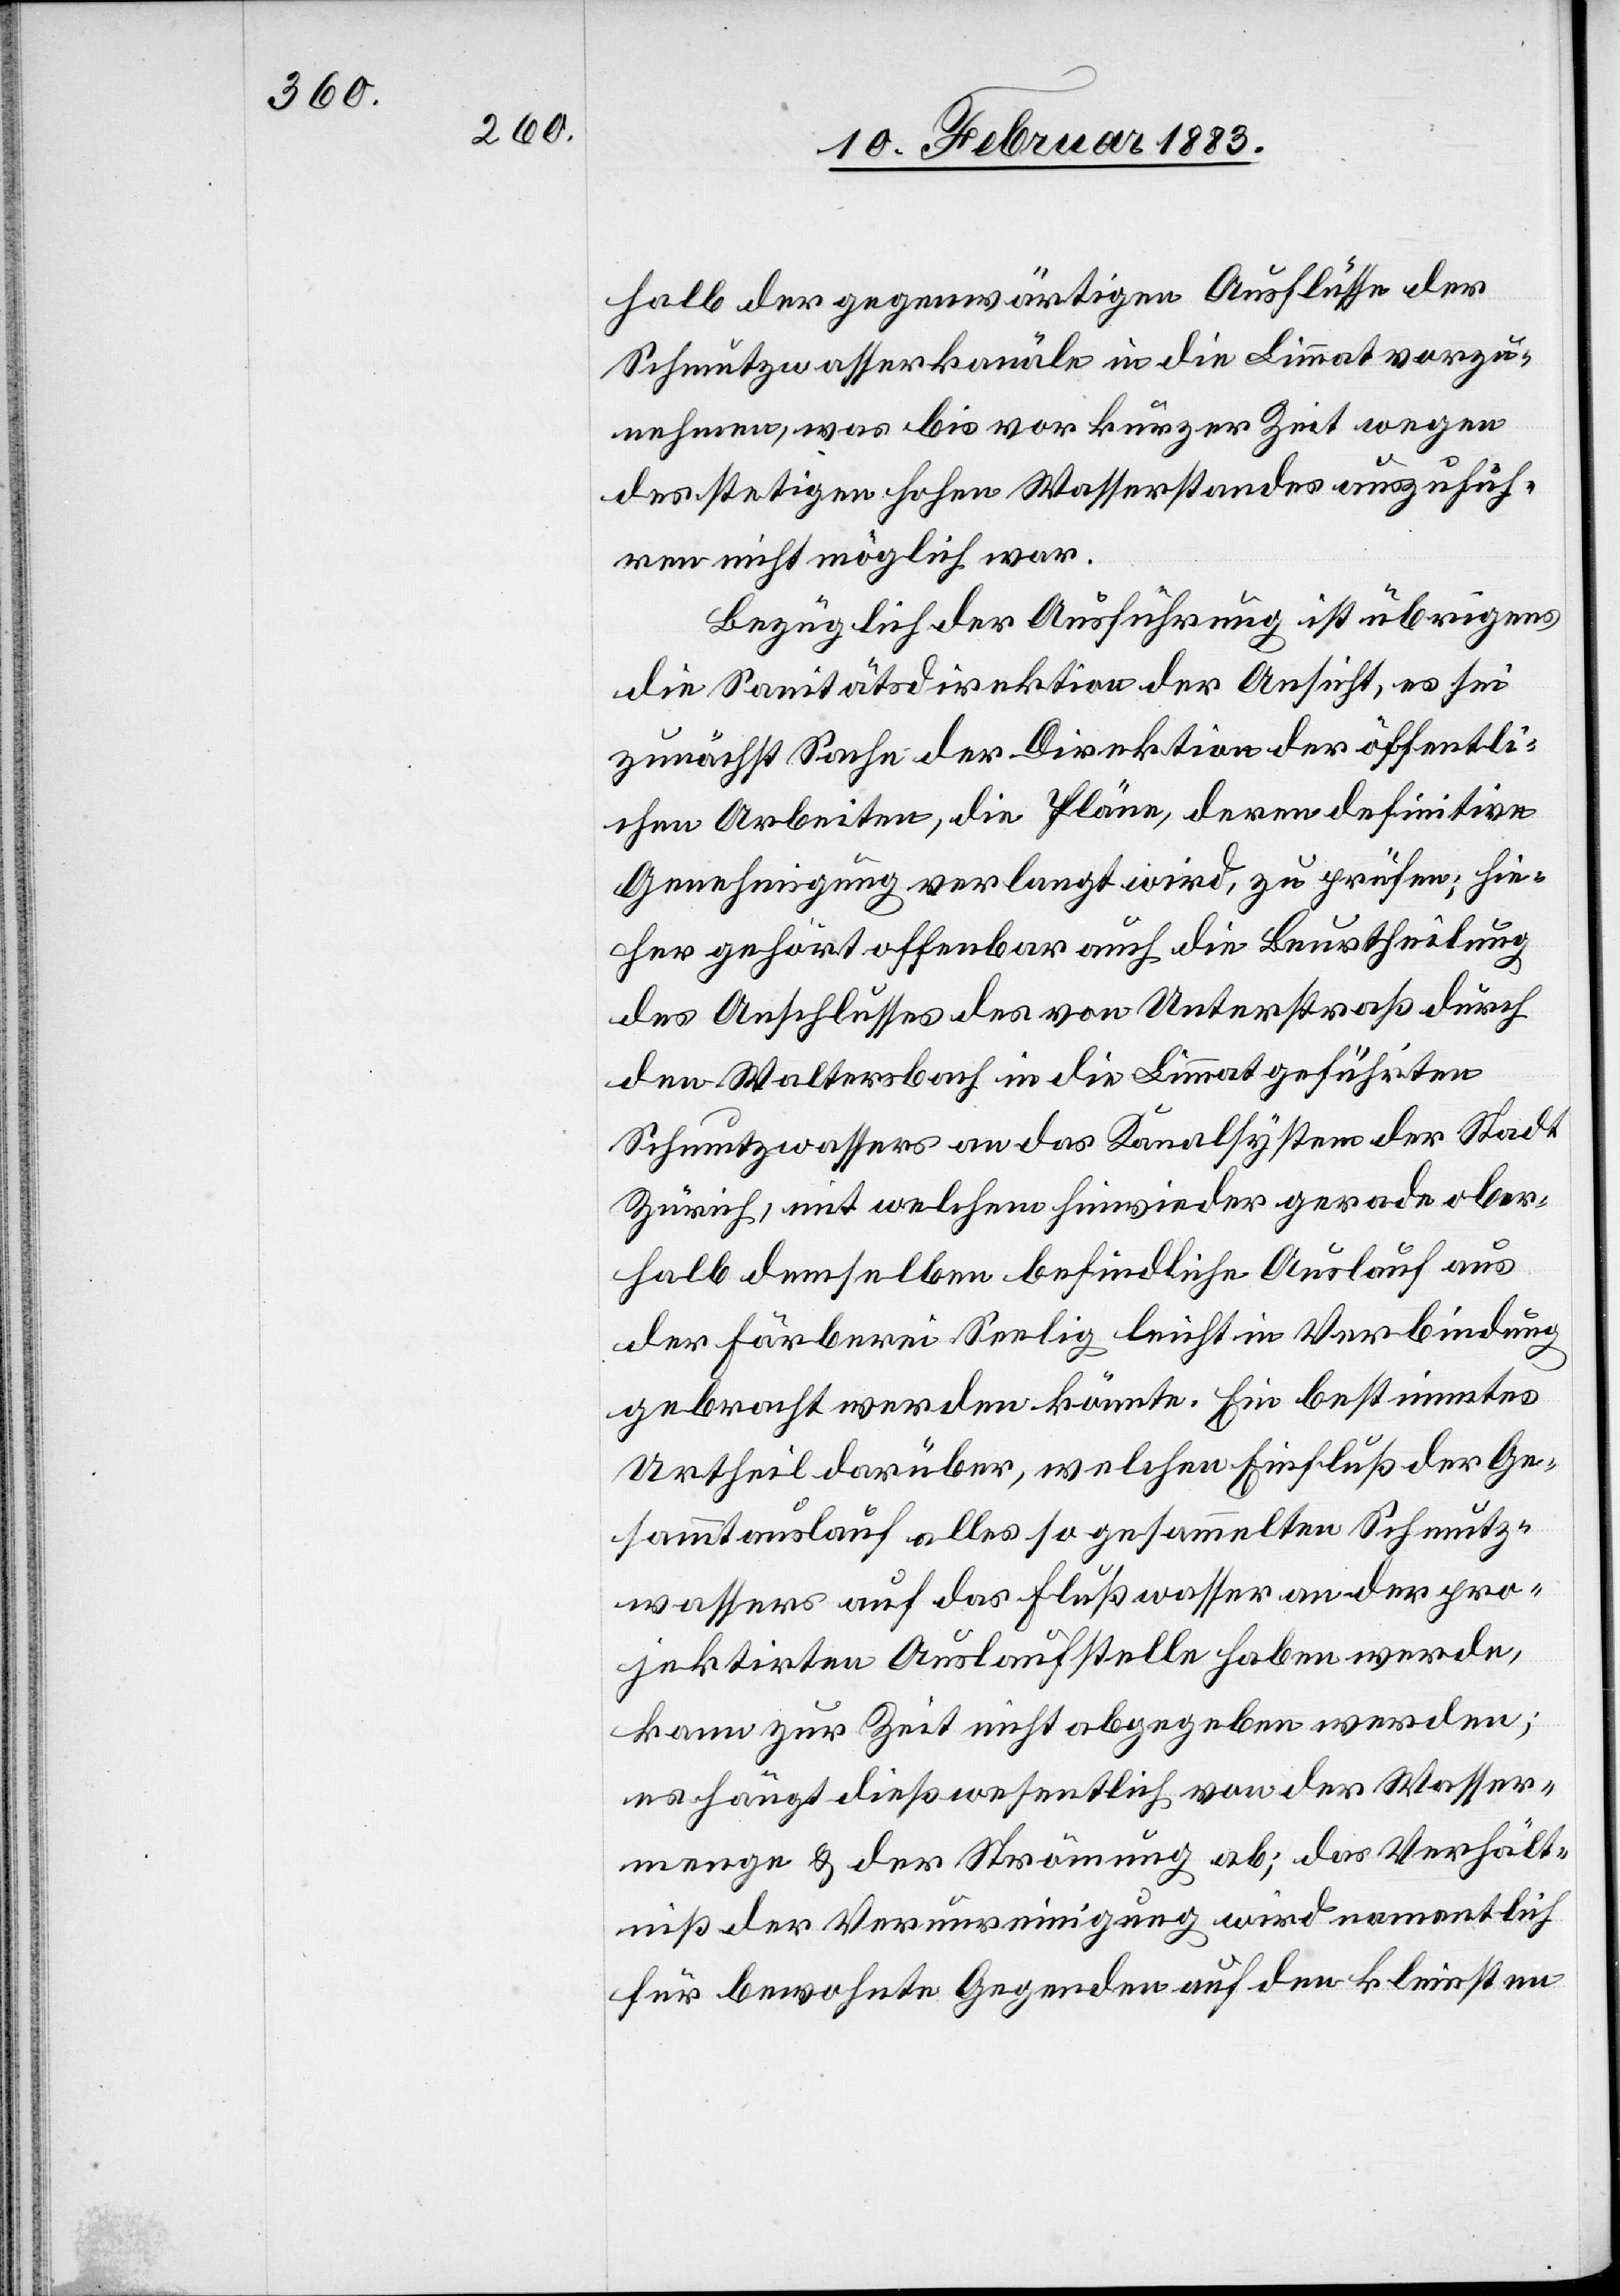
halb der gegenwärtigen Ausflüsse der
Schmutzwasserkanäle in die Limmat vorzu¬
nehmen, was bis vor kurzer Zeit wegen
des stetigen hohen Wasserstandes auszufüh¬
ren nicht möglich war.
Bezüglich der Ausführung ist übrigens
die Sanitätsdirektion der Ansicht, es sei
zunächst Sache der Direktion der öffentli¬
chen Arbeiten, die Pläne, deren definitive
Genehmigung verlangt wird, zu prüfen; hie¬
her gehört offenbar auch die Beurtheilung
des Anschlusses des von Unterstraß durch
den Waltersbach in die Limmat geführten
Schmutzwassers an das Kanalsystem der Stadt
Zürich, mit welchem hinwieder gerade [der] ober¬
halb demselben befindliche Auslauf aus
der Färberei Seelig leicht in Verbindung
gebracht werden könnte. Ein bestimmtes
Urtheil darüber, welchen Einfluß der Ge¬
sammtauslauf alles so gesammelten Schmutz¬
wassers auf das Flußwasser an der pro¬
jektirten Auslaufstelle haben werde,
kann zur Zeit nicht abgegeben werden;
es hängt dieß wesentlich von der Wasser¬
menge & der Strömung ab; das Verhält¬
niß der Verunreinigung wird namentlich
für bewohnte Gegenden auf den kleinsten